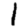
Digit: 1